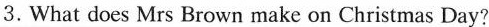
3.What does Mrs Brown make on Christmas Day?